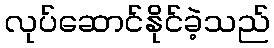
လုပ်ဆောင်နိုင်ခဲ့သည်